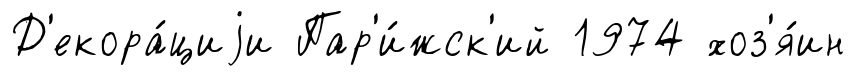
Д'екора́циjи Пар'и́жск'ий 1974 хоз'я́ин